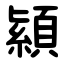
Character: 顈